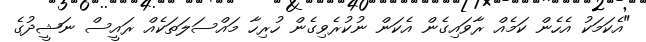
"އެކަމަކު އެހެން ކަމެއް ރާވައިގެން އެކަން ނުކުރެވިގެން ހުރިހާ މައްސަލަަތަކެއް ރައީސް ނަޝީދުގެ